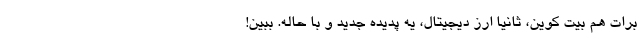
برات هم بیت کوین، ثانیاً ارز دیجیتال، یه پدیده جدید و با حاله. ببین!